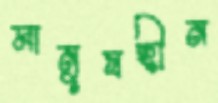
মানুষহীন